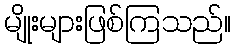
မျိုးများဖြစ်ကြသည်။